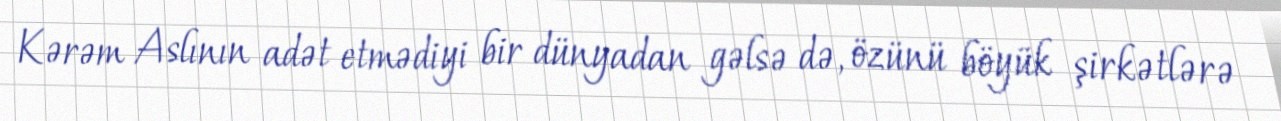
Kərəm Aslının adət etmədiyi bir dünyadan gəlsə də, özünü böyük şirkətlərə